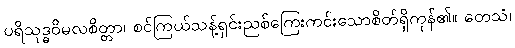
ပရိသုဒ္ဓဝိမလစိတ္တာ၊ စင်ကြယ်သန့်ရှင်းညစ်ကြေးကင်းသောစိတ်ရှိကုန်၏။ တေသံ၊